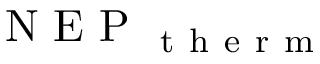
\mathrm { ~ N ~ E ~ P ~ } _ { \mathrm { ~ t ~ h ~ e ~ r ~ m ~ } }